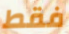
فقط